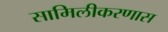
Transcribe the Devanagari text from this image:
सामिलीकरणास